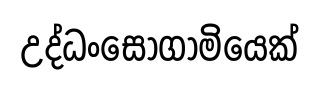
උද්ධංසෝගාමියෙක්